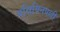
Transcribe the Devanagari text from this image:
पन्नियिनपल्ली